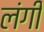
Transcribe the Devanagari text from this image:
लंगी